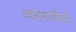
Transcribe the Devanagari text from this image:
व्यापारीयो